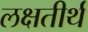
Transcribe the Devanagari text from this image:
लक्षतीर्थ